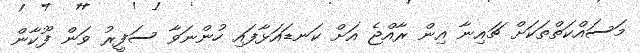
މަސައްކަތްތަކަށް ޗައިނާ އިން ރާއްޖެ އަށް ކަނޑައަޅާފައި ހުންނަވާ ސަފީރު ވަން ފޫކާން